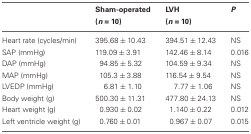
<table><thead><tr><td></td><td><b>Sham-operated (<i>n</i> = 10)</b></td><td><b>LVH (<i>n</i> = 10)</b></td><td><b><i>P</i></b></td></tr></thead><tbody><tr><td>Heart rate (cycles/min)</td><td>395.68 ± 10.43</td><td>394.51 ± 12.43</td><td>NS</td></tr><tr><td>SAP (mmHg)</td><td>119.09 ± 3.91</td><td>142.46 ± 8.14</td><td>0.016</td></tr><tr><td>DAP (mmHg)</td><td>94.85 ± 5.32</td><td>104.59 ± 9.34</td><td>NS</td></tr><tr><td>MAP (mmHg)</td><td>105.3 ± 3.88</td><td>116.54 ± 9.54</td><td>NS</td></tr><tr><td>LVEDP (mmHg)</td><td>6.81 ± 1.10</td><td>7.77 ± 1.06</td><td>NS</td></tr><tr><td>Body weight (g)</td><td>500.30 ± 11.31</td><td>477.80 ± 24.13</td><td>NS</td></tr><tr><td>Heart weight (g)</td><td>0.930 ± 0.02</td><td>1.140 ± 0.22</td><td>0.012</td></tr><tr><td>Left ventricle weight (g)</td><td>0.760 ± 0.01</td><td>0.967 ± 0.07</td><td>0.015</td></tr></tbody></table>